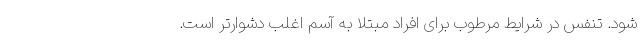
شود. تنفس در شرایط مرطوب برای افراد مبتلا به آسم اغلب دشوارتر است.